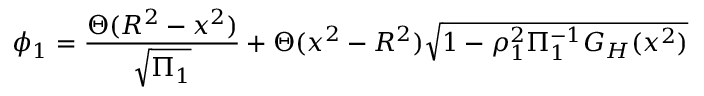
\phi _ { 1 } = { \frac { \Theta ( R ^ { 2 } - x ^ { 2 } ) } { \sqrt { \Pi _ { 1 } } } } + \Theta ( x ^ { 2 } - R ^ { 2 } ) \sqrt { 1 - \rho _ { 1 } ^ { 2 } \Pi _ { 1 } ^ { - 1 } G _ { H } ( x ^ { 2 } ) }